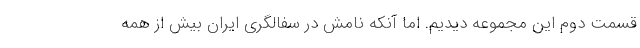
قسمت دوم این مجموعه دیدیم. اما آنکه نامش در سفالگری ایران بیش از همه